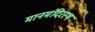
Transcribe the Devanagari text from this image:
मानमंदिरस्थ